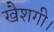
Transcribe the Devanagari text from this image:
खैशगी।